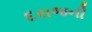
દરાજની